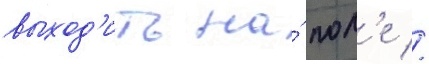
выход'ить на́ пол'е //